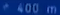
+400m